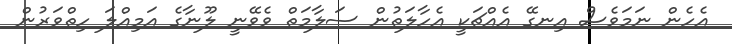
އެހެން ނަމަވެސް އިނގޭ އެއްޗަކީ އެހާލަތުން ސަލާމަތް ވެވޭނީ ލޫނާގެ އަމިއްލަ ހިތްވަރުން